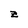
Character: z